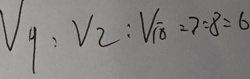
V _ { 甲 } : V _ { 乙 } : V _ { 丙 } = 7 : 8 : 6